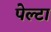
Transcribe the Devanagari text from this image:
पेल्टा